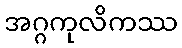
အဂ္ဂကုလိကဿ